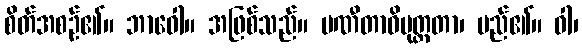
စိတ်အစဉ်၏။ ဘာဝေါ။ အဖြစ်သည်။ ပဏီတာဓိမုတ္တတာ၊ မည်၏။ ဝါ၊